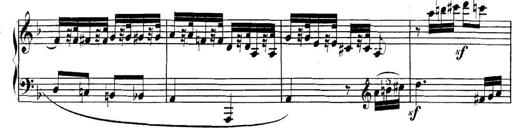
Title: Collected Piano Sonatas
Composer: Muzio Clementi